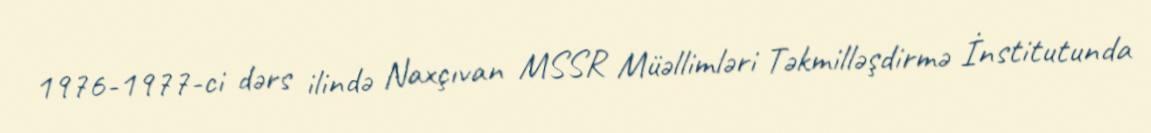
1976-1977-ci dərs ilində Naxçıvan MSSR Müəllimləri Təkmilləşdirmə İnstitutunda